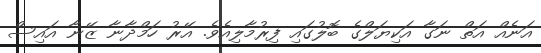
އަނެއް އަތް ނަގާ އަކިޔަލްގެ ބޮލުގައި ފިރުމާލިއެވެ. އޭރު ހަމްދާނާ ޒޭނާ އައިސް